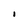
Character: I